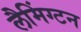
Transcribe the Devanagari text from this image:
लैमिंग्टन